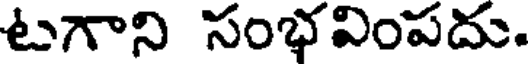
టగాని సంభవింపదు.